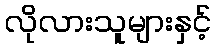
လိုလားသူများနှင့်